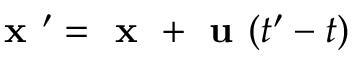
\textbf { x } ^ { \prime } = \textbf { x } + \textbf { u } ( t ^ { \prime } - t )